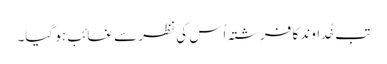
تب خُداوند کا فرِشتہ اُس کی نظر سے غائِب ہو گیا۔